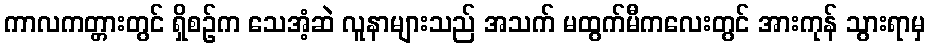
ကာလကတ္တားတွင် ရှိစဉ်က သေအံ့ဆဲ လူနာများသည် အသက် မထွက်မီကလေးတွင် အားကုန် သွားရာမှ